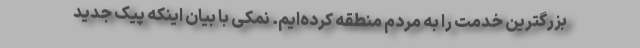
بزرگترین خدمت را به مردم منطقه کرده‌ایم. نمکی با بیان اینکه پیک جدید